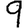
Digit: 9